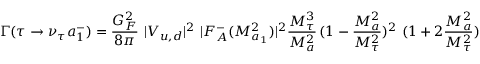
\Gamma ( \tau \rightarrow \nu _ { \tau } a _ { 1 } ^ { - } ) = \frac { G _ { F } ^ { 2 } } { 8 \pi } \ | V _ { u , d } | ^ { 2 } \ | F _ { A } ^ { - } ( M _ { a _ { 1 } } ^ { 2 } ) | ^ { 2 } \frac { M _ { \tau } ^ { 3 } } { M _ { a } ^ { 2 } } \, ( 1 - \frac { M _ { a } ^ { 2 } } { M _ { \tau } ^ { 2 } } ) ^ { 2 } \ ( 1 + 2 \frac { M _ { a } ^ { 2 } } { M _ { \tau } ^ { 2 } } )